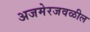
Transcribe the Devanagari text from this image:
अजमेरजवळील